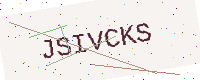
Text: JSIVCKS